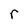
Character: r